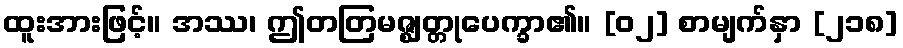
ထူးအားဖြင့်။ အဿ၊ ဤတတြမဇ္ဈတ္တုပေက္ခာ၏။ [၀၂] စာမျက်နှာ [၂၁၈]